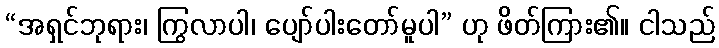
“အရှင်ဘုရား၊ ကြွလာပါ၊ ပျော်ပါးတော်မူပါ” ဟု ဖိတ်ကြား၏။ ငါသည်